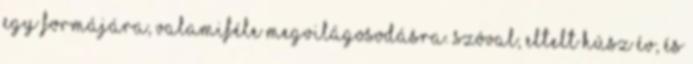
egy formájára, valamiféle megvilágosodásra. Szóval, eltelt húsz év, és